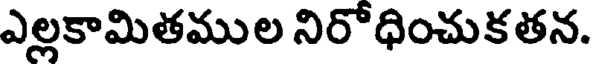
ఎల్లకామితముల నిరోధించుకతన.